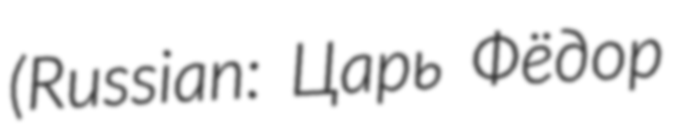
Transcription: (Russian: Царь Фёдор